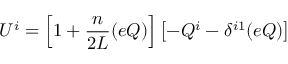
U ^ { i } = \left[ 1 + \frac { n } { 2 L } ( e Q ) \right] \left[ - Q ^ { i } - \delta ^ { i 1 } ( e Q ) \right]